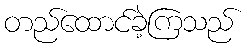
တည်ထောင်ခဲ့ကြသည်